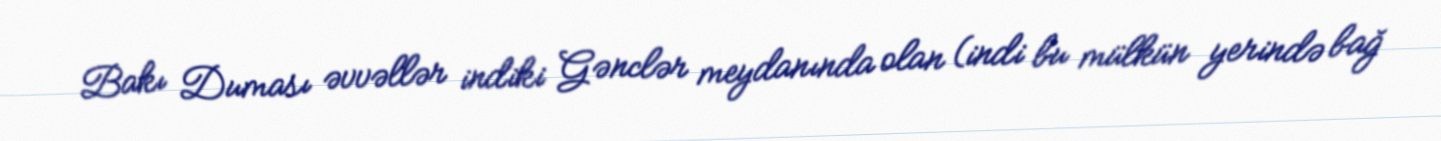
Bakı Duması əvvəllər indiki Gənclər meydanında olan (indi bu mülkün yerində bağ